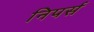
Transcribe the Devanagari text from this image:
निपर्स